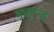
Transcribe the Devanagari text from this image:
मध्‍यान्‍ह